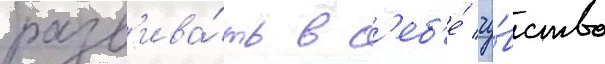
разв'ива́ть в с'еб'е́ чу́вство